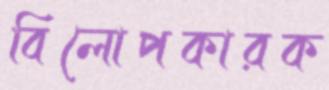
বিলোপকারক